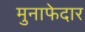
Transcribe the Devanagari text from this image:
मुनाफेदार